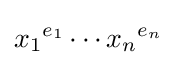
{x_{1}}^{e_{1}}\cdots {x_{n}}^{e_{n}}